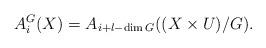
LaTeX: \begin{align*}A_i^G(X)=A_{i+l-\dim G}((X\times U)/G).\end{align*}